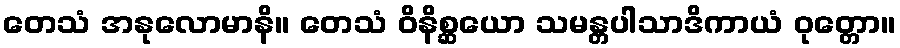
တေသံ အနုလောမာနိ။ တေသံ ဝိနိစ္ဆယော သမန္တပါသာဒိကာယံ ဝုတ္တော။